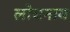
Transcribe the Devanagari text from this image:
लोचनाय